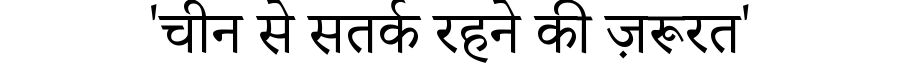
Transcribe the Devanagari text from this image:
'चीन से सतर्क रहने की ज़रूरत'